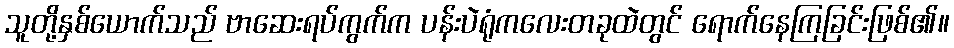
သူတို့နှစ်ယောက်သည် ဗာဆေးရပ်ကွက်က ပန်းပဲရုံကလေးတခုထဲတွင် ရောက်နေကြခြင်းဖြစ်၏။